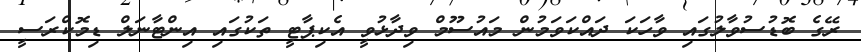
ރޭގެ ބޮޑުސުވާލުގައި ވާހަކަ ދައްކަވަމުން މައުސޫމް ވިދާޅުވީ އެކިޕާޓީ ތަކުގައި އިންޓާނަލް ޑިމޮކްރަސީ